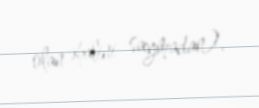
olan əhalini saymadan).